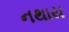
નથાય